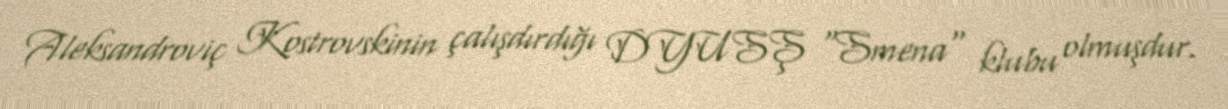
Aleksandroviç Kostrovskinin çalışdırdığı DYUSŞ "Smena" klubu olmuşdur.